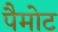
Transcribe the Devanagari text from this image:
पैमोट